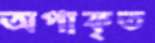
অপাকৃত